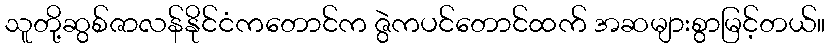
သူတို့ဆွစ်ဇာလန်နိုင်ငံကတောင်က ဇွဲကပင်တောင်ထက် အဆများစွာမြင့်တယ်။